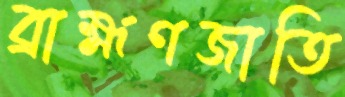
ব্রাহ্মণজাতি